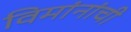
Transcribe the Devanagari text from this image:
विमांनांची